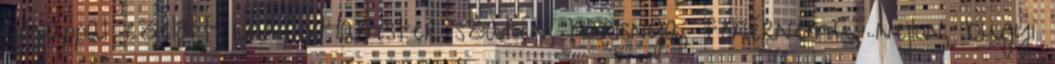
hónappal ezelőtt 16:04 xHamster szatén, harisnya, fehérnemű, nejlon, bugyi